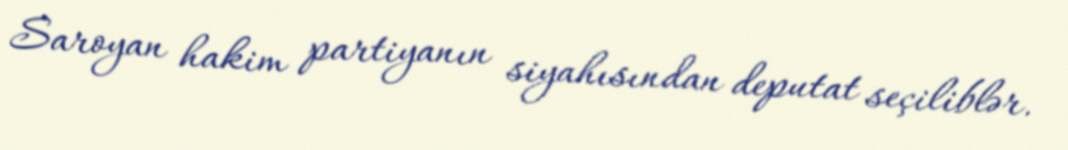
Saroyan hakim partiyanın siyahısından deputat seçiliblər.